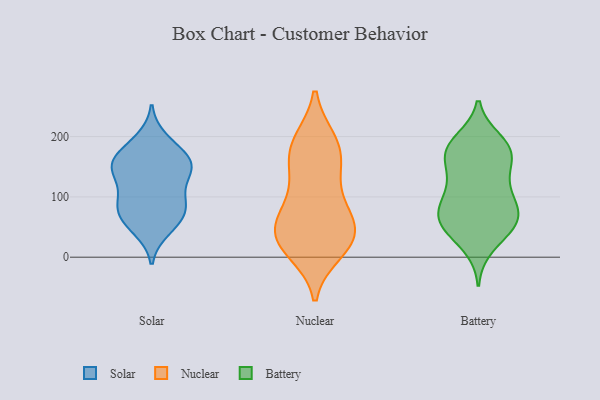
{"axis": {"x": "Waste Production (Tons)", "y": "Value"}, "legend": ["Battery", "Nuclear", "Solar"], "data": [{"x": "", "y": 92, "type": "Solar"}, {"x": "", "y": 156, "type": "Solar"}, {"x": "", "y": 83, "type": "Solar"}, {"x": "", "y": 181, "type": "Solar"}, {"x": "", "y": 195, "type": "Solar"}, {"x": "", "y": 149, "type": "Solar"}, {"x": "", "y": 85, "type": "Solar"}, {"x": "", "y": 59, "type": "Solar"}, {"x": "", "y": 152, "type": "Solar"}, {"x": "", "y": 124, "type": "Solar"}, {"x": "", "y": 88, "type": "Solar"}, {"x": "", "y": 159, "type": "Solar"}, {"x": "", "y": 157, "type": "Solar"}, {"x": "", "y": 60, "type": "Solar"}, {"x": "", "y": 136, "type": "Solar"}, {"x": "", "y": 46, "type": "Solar"}, {"x": "", "y": 73, "type": "Nuclear"}, {"x": "", "y": 78, "type": "Nuclear"}, {"x": "", "y": 156, "type": "Nuclear"}, {"x": "", "y": 10, "type": "Nuclear"}, {"x": "", "y": 17, "type": "Nuclear"}, {"x": "", "y": 24, "type": "Nuclear"}, {"x": "", "y": 42, "type": "Nuclear"}, {"x": "", "y": 193, "type": "Nuclear"}, {"x": "", "y": 132, "type": "Nuclear"}, {"x": "", "y": 187, "type": "Nuclear"}, {"x": "", "y": 157, "type": "Nuclear"}, {"x": "", "y": 191, "type": "Nuclear"}, {"x": "", "y": 88, "type": "Nuclear"}, {"x": "", "y": 30, "type": "Nuclear"}, {"x": "", "y": 44, "type": "Nuclear"}, {"x": "", "y": 42, "type": "Nuclear"}, {"x": "", "y": 90, "type": "Battery"}, {"x": "", "y": 193, "type": "Battery"}, {"x": "", "y": 88, "type": "Battery"}, {"x": "", "y": 47, "type": "Battery"}, {"x": "", "y": 185, "type": "Battery"}, {"x": "", "y": 184, "type": "Battery"}, {"x": "", "y": 72, "type": "Battery"}, {"x": "", "y": 124, "type": "Battery"}, {"x": "", "y": 172, "type": "Battery"}, {"x": "", "y": 67, "type": "Battery"}, {"x": "", "y": 164, "type": "Battery"}, {"x": "", "y": 64, "type": "Battery"}, {"x": "", "y": 116, "type": "Battery"}, {"x": "", "y": 69, "type": "Battery"}, {"x": "", "y": 167, "type": "Battery"}, {"x": "", "y": 18, "type": "Battery"}, {"x": "", "y": 46, "type": "Battery"}, {"x": "", "y": 50, "type": "Battery"}, {"x": "", "y": 172, "type": "Battery"}, {"x": "", "y": 124, "type": "Battery"}]}